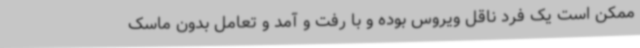
ممکن است یک فرد ناقل ویروس بوده و با رفت و آمد و تعامل بدون ماسک